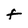
Character: F